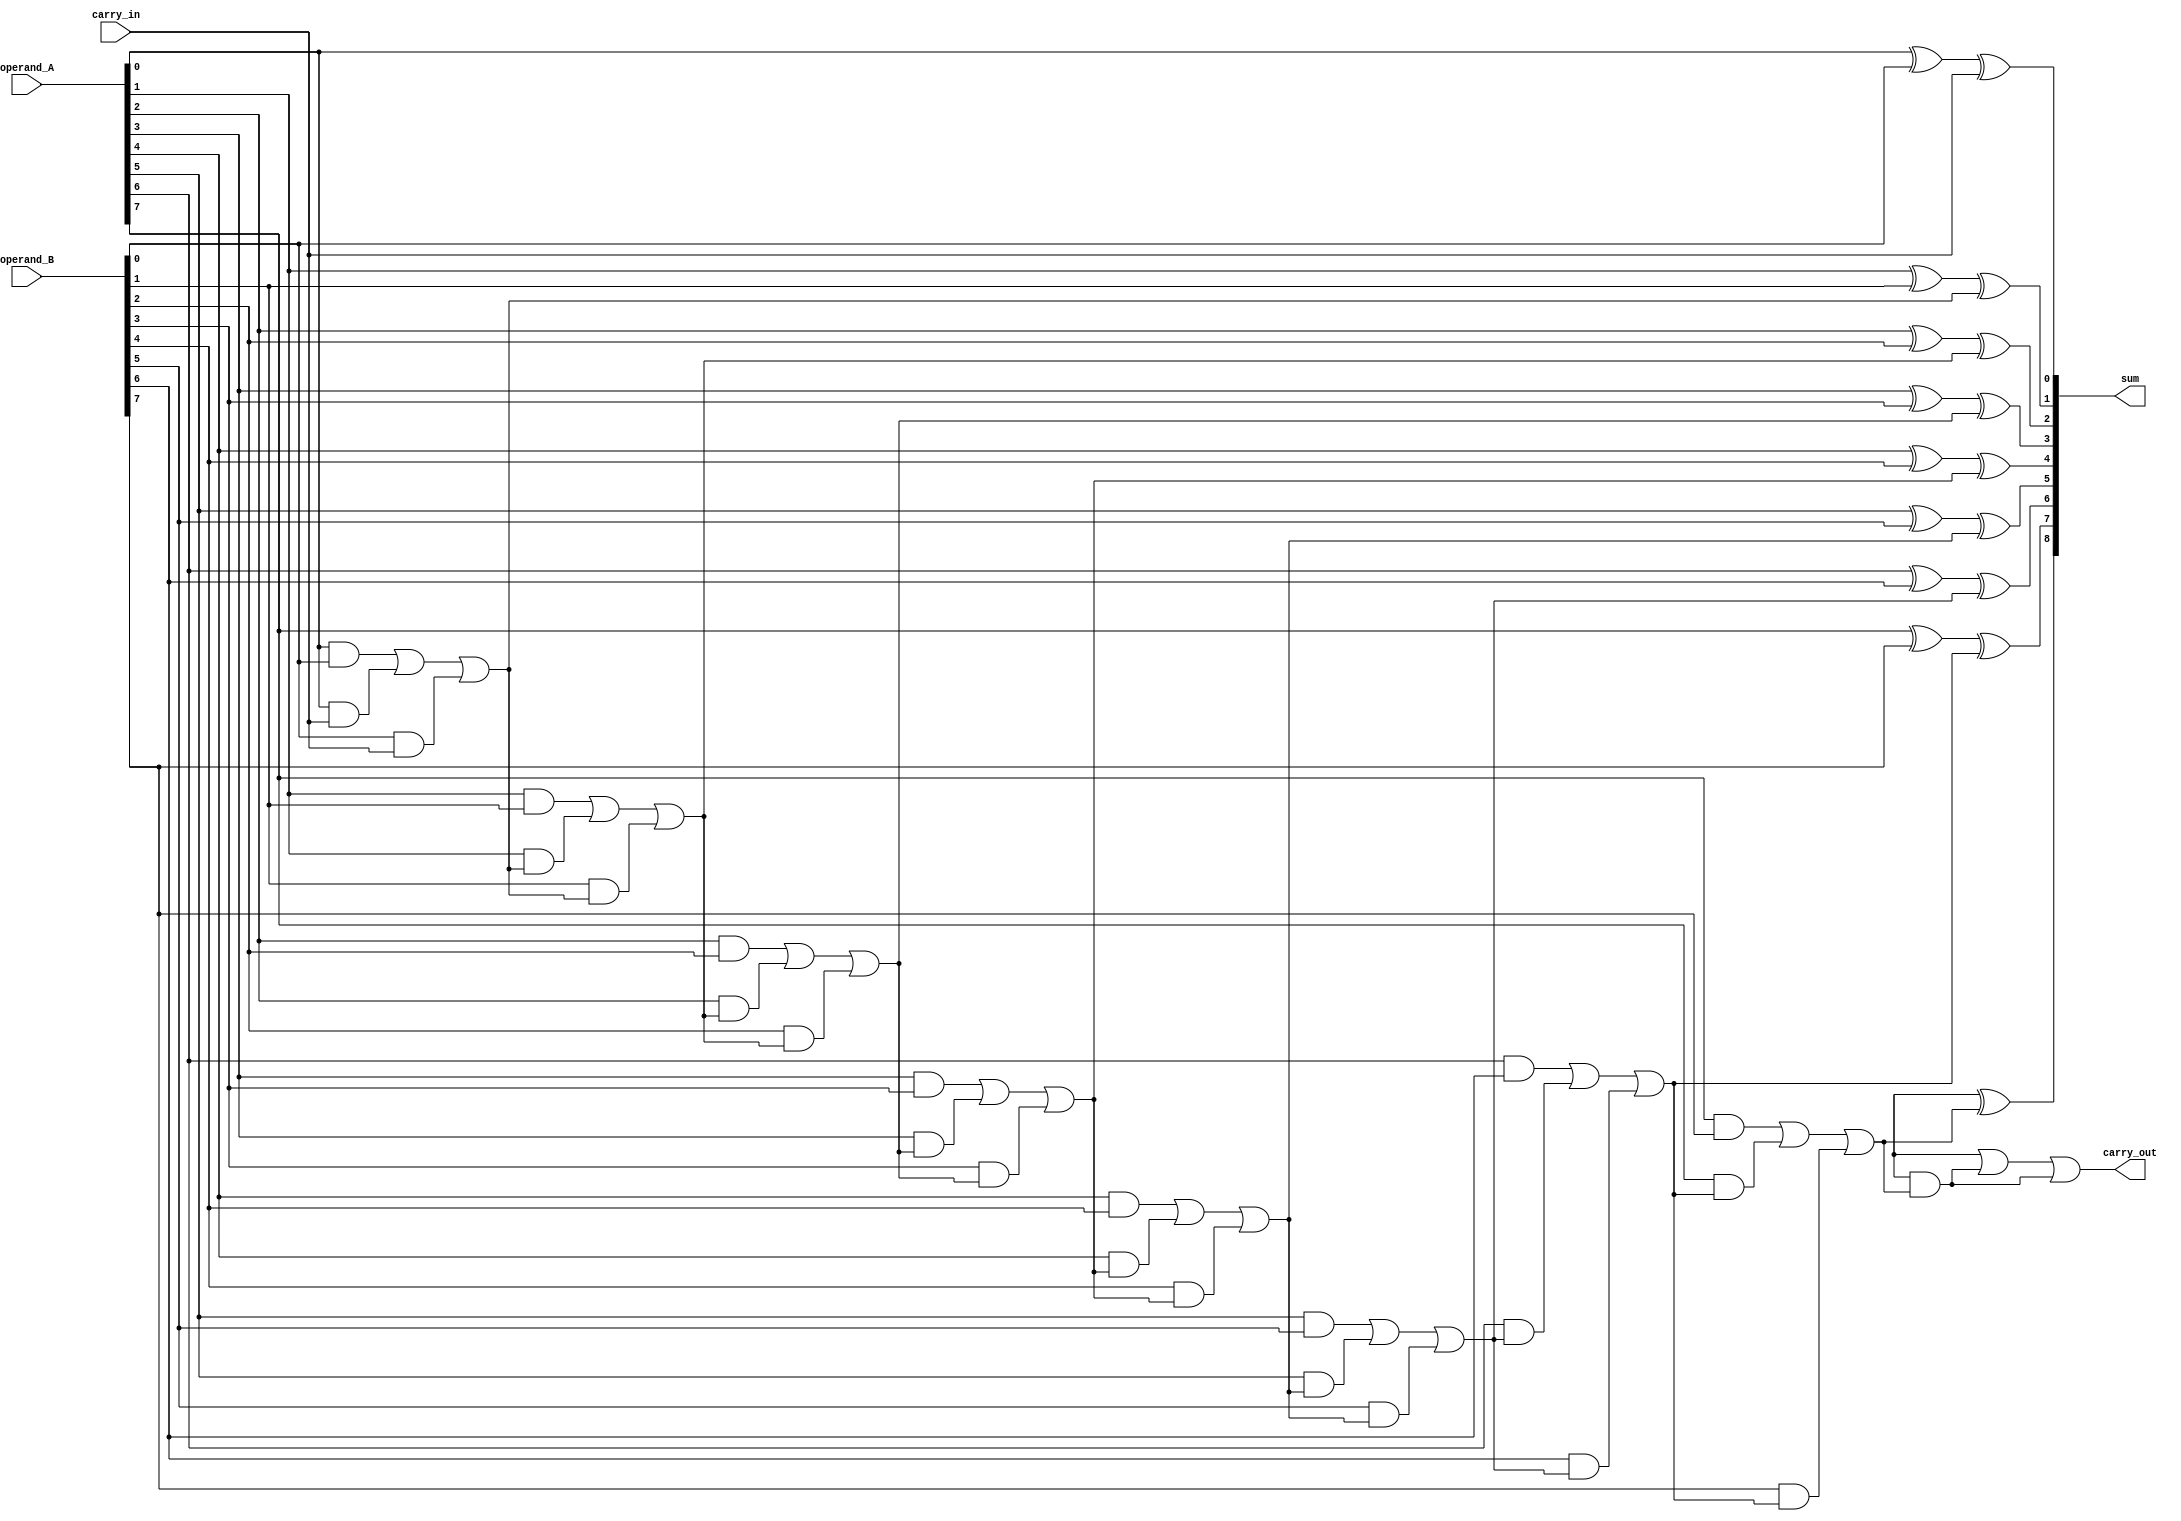
module CarryDetectAdder(input [7:0] operand_A, 
                        input [7:0] operand_B, 
                        input carry_in,
                        output reg [8:0] sum,
                        output reg carry_out);

    reg [7:0] carry;
    
    assign sum[0] = operand_A[0] ^ operand_B[0] ^ carry_in;
    assign carry[0] = (operand_A[0] & operand_B[0]) | (operand_A[0] & carry_in) | (operand_B[0] & carry_in);

    genvar i;
    generate
        for (i = 1; i < 8; i = i + 1) begin
            assign sum[i] = operand_A[i] ^ operand_B[i] ^ carry[i-1];
            assign carry[i] = (operand_A[i] & operand_B[i]) | (operand_A[i] & carry[i-1]) | (operand_B[i] & carry[i-1]);
        end
    endgenerate

    assign sum[8] = operand_A[8] ^ operand_B[8] ^ carry[7];
    assign carry_out = (operand_A[8] & operand_B[8]) | (operand_A[8] & carry[7]) | (operand_B[8] & carry[7]);
    
endmodule